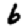
Digit: 6